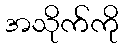
အသိုက်ကို